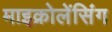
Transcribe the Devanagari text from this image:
माइक्रोलेंसिंग